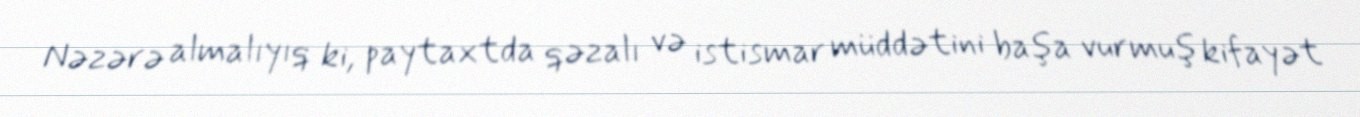
Nəzərə almalıyıq ki, paytaxtda qəzalı və istismar müddətini başa vurmuş kifayət